Report of the Indian Hemp Drugs Commission, 1894-1895 - Volume VII
Year: 1894
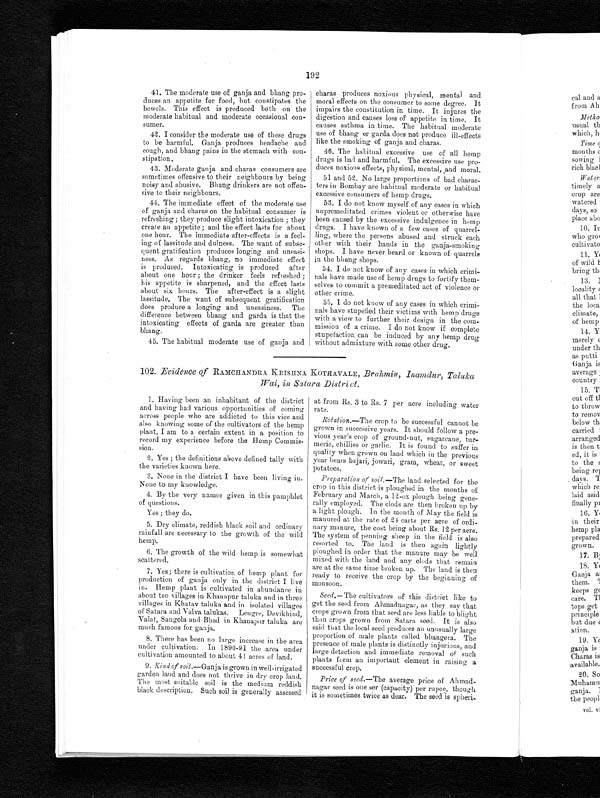
192
41. The moderate use of ganja and bhang pro-
duces an appetite for food, but constipates the
bowels. This effect is produced both on the
moderate habitual and moderate occasional con-
sumer.
42. I consider the moderate use of these drugs
to be harmful. Ganja produces headache and
cough, and bhang pains in the stomach with con-
stipation.
43. Moderate ganja and charas consumers are
sometimes offensive to their neighbours by being
noisy and abusive. Bhang drinkers are not offen-
sive to their neighbours.
44. The immediate effect of the moderate use
of ganja and charas on the habitual consumer is
refreshing ; they produce slight intoxication ; they
create an appetite ; and the effect lasts for about
one hour. The immediate after-effects is a feel-
ing of lassitude and dulness. The want of subse-
quent gratification produces longing and uneasi-
ness. As regards bhang, no immediate effect
is produced. Intoxicating is produced after
about one hour ; the drinker feels refreshed ;
his appetite is sharpened, and the effect lasts
about six hours. The after-effect is a slight
lassitude, The want of subsequent gratification
does produce a longing and uneasiness. The
difference between bhang and garda is that the
intoxicating effects of garda are greater than
bhang.
45. The habitual moderate use of ganja and
charas produces noxious physical, mental and
moral effects on the consumer to some degree. It
impairs the constitution in time. It injures the
digestion and causes loss of appetite in time. It
causes asthma in time. The habitual moderate
use of bhang or garda does not produce ill-effects
like the smoking of ganja and charas.
46. The habitual excessive use of all hemp
drugs is bad and harmful. The excessive use pro-
duces noxious effects, physical, mental, 'and moral.
51 and 52. No large proportions of bad charac-
ters in Bombay are habitual moderate or habitual
excessive consumers of hemp drugs.
53. I do not know myself of any cases in which
unpremeditated crimes violent or otherwise have
been caused by the excessive indulgence in hemp
drugs. I have known of a few cases of quarrel-
ling, where the persons abused and struck each
other with their hands in the ganja-smoking
shops. I have never heard or known of quarrels
in the bhang shops.
54. I do not know of any cases in which crimi-
nals have made use of hemp drugs to fortify them-
selves to commit a premeditated act of violence or
other crime.
55. I do not know of any cases in which crimi-
nals have stupefied their victims with hemp drugs
with a view to further their design in the com-
mission of a crime. I do not know if complete
stupefaction can be induced by any hemp drug
without admixture with some other drug.
102. Evidence of RAMCHANDRA KRISHNA. KOTIIAVALE, Brahmin, Inamdur, Taluka
Wai, in Satara District.
1. Having been an inhabitant of the district
and having bad various opportunities of coming
across people who are addicted to this vice and
also knowing some of the cultivators of the hemp
plant, I am to a certain extent in a position to
record my experience before the Hemp Commis-
sion.
2. Yes ; the definitions above defined tally with
the varieties known here.
3. None in the district I have been living in.
None to my knowledge.
4. By the very names given in this pamphlet
of questions.
Yes ; they do.
5. Dry climate, reddish black soil and ordinary
rainfall are necessary to the growth of the wild
hemp.
6. The growth of the wild hemp is somewhat
scattered.
7. Yes; there is cultivation of hemp plant for
production of ganja only in the district I live
in. Hemp plant is cultivated in abundance in
about ten villages in Khanapur taluka and in three
villages in Khatav taluka and in isolated villages
of Satara and Valva talukas. Lengre, Devikhind,
Valet, Sangola and Bhad in Khanapur taluka are
much famous for ganja.
8. There has been no large increase in the area
under cultivation. In 1890-91 the area under
cultivation amounted to about 41 acres of land.
9. Kind of soil .—Ganja is grown in well- irrigated
garden land and does not thrive in dry crop land.
The most suitable soil is the medium reddish
black description. Such soil is generally assessed
at from Rs. 3 to Rs. 7 per acre including water
rate.
Rotation.— The crop to be successful cannot be
grown in successive years. It should follow a pre-
vious year's crop of ground-nut, sugarcane, tur-
meric, chillies or garlic. It is found to suffer in
quality when grown on land which in the previous
year bears bajari, jowari, gram, wheat, or sweet
potatoes.
Preparation of soil.— The land selected for the
crop in this district is ploughed in the months of
February and March, a 12-ox plough being gene-
rally employed. The clods are then broken up by
a light plough. In the month of May the field is
manured at the rate of 24 carts per acre of ordi-
nary manure, the cost being about Rs. 12 per acre.
The system of penning sheep in the field is also
resorted to. The ]and is then again lightly
ploughed in order that the manure may be well
mixed with the laud and any clods that remain
are at the same time broken up. The land is then
ready to receive the crop by the beginning of
monsoon.
Seed.—The cultivators of this district like to
get the seed from Ahmadnagar, as they say that
crops grown from that seed are less liable to blight
than crops grown from Satara seed. It is also
said that the local seed produces an unusually large
proportion of male plants called bhangera. The
presence of male plants is distinctly injurious, and
large detection and immediate removal of such
plants form an important element in raising a
successful crop.
Price of seed.— The average price of Ahmad-
nagar seed is one see (capacity) per rupee, though
it is sometimes twice as dear. The seed is spheri-